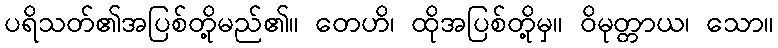
ပရိသတ်၏အပြစ်တို့မည်၏။ တေဟိ၊ ထိုအပြစ်တို့မှ။ ဝိမုတ္တာယ၊ သော။